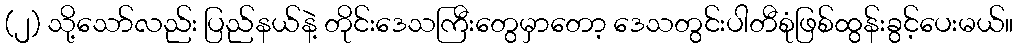
(၂) သို့သော်လည်း ပြည်နယ်နဲ့ တိုင်းဒေသကြီးတွေမှာတော့ ဒေသတွင်းပါတီစုံဖြစ်ထွန်းခွင့်ပေးမယ်။